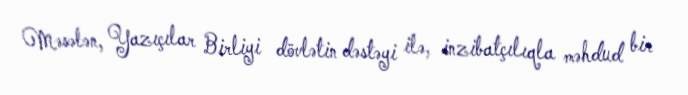
Məsələn, Yazıçılar Birliyi dövlətin dəstəyi ilə, inzibatçılıqla məhdud bir